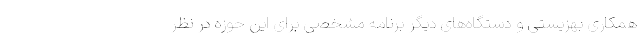
همکاری بهزیستی و دستگاه‌‌های دیگر برنامه مشخصی برای این حوزه در نظر